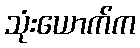
သုံးယောက်က